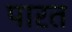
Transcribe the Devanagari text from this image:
पारत